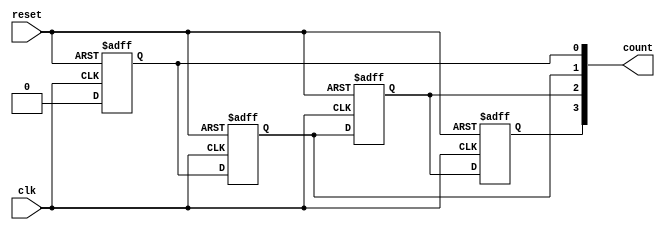
module Counter #(parameter WIDTH = 4) (input clk, reset, output [WIDTH-1:0] count);
  genvar i;
  generate
    for (i = 0; i < WIDTH; i = i + 1) begin : COUNTER_GEN
      always @(posedge clk or posedge reset) begin
        if (reset)
          count[i] <= 1'b0;
        else
          count[i] <= (count[i - 1] && (i != 0));
      end
    end
  endgenerate
endmodule